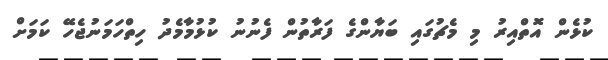
ކުޅެން އޮތްއިރު މި މެޗުގައި ބަޔާންގެ ފަރާތުން ފެނުނު ކުޅުމާމެދު ހިތްހަމަނުޖެހޭ ކަމަށް